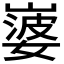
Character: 𡼃